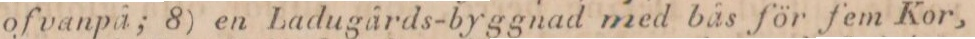
ofvanpå; 8) en Ladugårds-byggnad med bås för fem Kor,